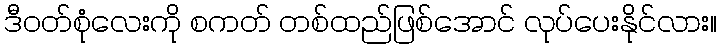
ဒီဝတ်စုံလေးကို စကတ် တစ်ထည်ဖြစ်အောင် လုပ်ပေးနိုင်လား။